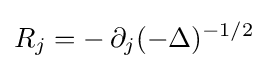
R_{j}=-\,\partial _{j}(-\Delta )^{-1/2}